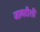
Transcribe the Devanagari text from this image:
जागदीशी